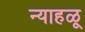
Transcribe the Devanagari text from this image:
न्याहळू